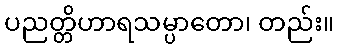
ပညတ္တိဟာရသမ္ပာတော၊ တည်း။